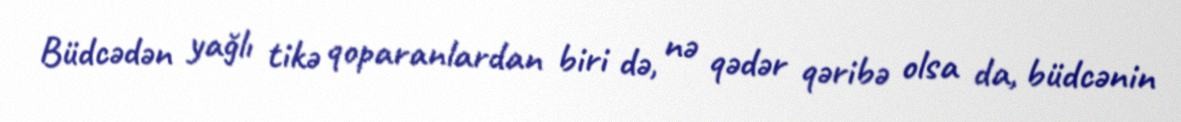
Büdcədən yağlı tikə qoparanlardan biri də, nə qədər qəribə olsa da, büdcənin